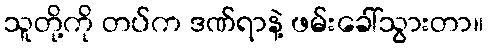
သူတို့ကို တပ်က ဒဏ်ရာနဲ့ ဖမ်းခေါ်သွားတာ။